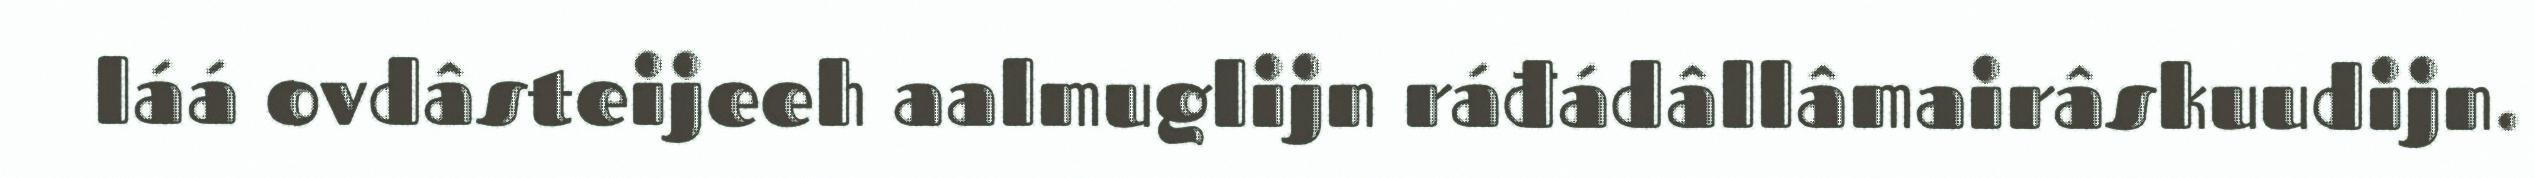
láá ovdâsteijeeh aalmuglijn ráđádâllâmairâskuudijn.